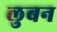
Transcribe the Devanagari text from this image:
लुबन